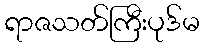
ရာဇသတ်ကြီးပုဒ်မ